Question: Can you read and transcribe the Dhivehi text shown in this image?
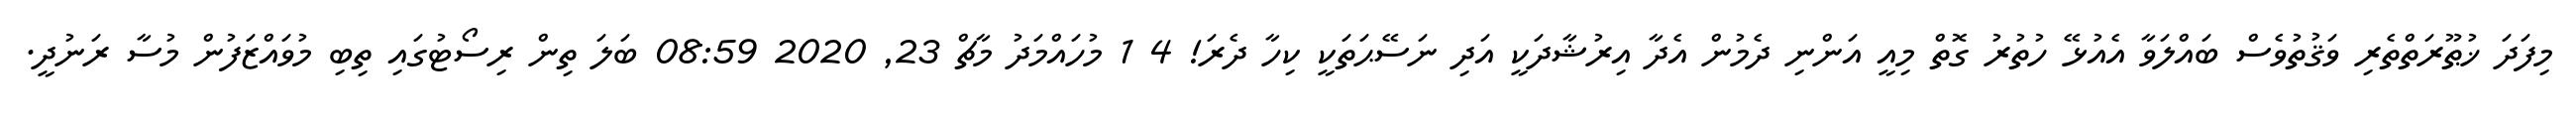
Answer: މިފަދަ ޚުޠޫރަތްތެރި ވަޤުތުވެސް ބައްލަވާ އެއުޅޭ ހުތުރު ގޮތް މިއީ އަންނި ދެމުން އެދާ އިރުޝާދަކީ އަދި ނަސޭޙަތަކީ ކިހާ ދެރަ! 4 1 މުހައްމަދު މާޗް 23, 2020 08:59 ބަލަ ތިން ރިސޯޓުގައި ތިބި މުވައްޒަފުން މުސާ ރަނުދީ.